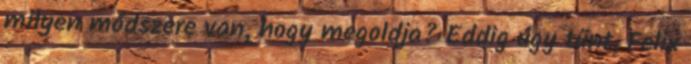
milyen módszere van, hogy megoldja? Eddig úgy tűnt, Felix